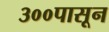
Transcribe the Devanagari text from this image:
३००पासून